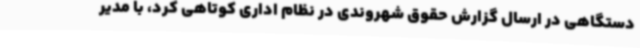
دستگاهی در ارسال گزارش حقوق شهروندی در نظام اداری کوتاهی کرد، با مدیر